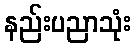
နည်းပညာသုံး